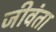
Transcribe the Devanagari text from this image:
जीवंता